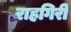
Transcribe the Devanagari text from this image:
राहगिरी